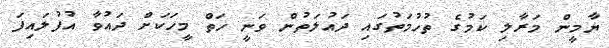
ޔާމީން މަރާލި ކަމުގެ ތުހުމަތުގައި ދައުލަތުން ވަނީ ހަތް މީހަކަށް ދައުވާ އުފުލައިފަ